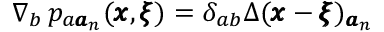
\nabla _ { b } \, p _ { a { \pmb a } _ { n } } ( { \pmb x } , { \pmb \xi } ) = \delta _ { a b } \Delta ( { \pmb x } - { \pmb \xi } ) _ { { \pmb a } _ { n } }